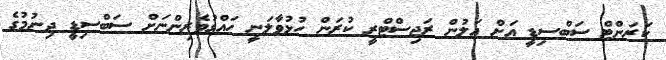
ކަރަންޓް ސަބްސިޑީ އަށް އަލުން ރަޖިސްޓްރީ ކުރަން ހުޅުވާލަނީ ހައްގުވެރިންނަށް ސަބްސިޑީ ދިނުމުގެ